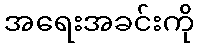
အရေးအခင်းကို